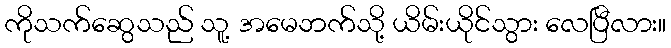
ကိုသက်ဆွေသည် သူ့ အမေဘက်သို့ ယိမ်းယိုင်သွား လေပြီလား။